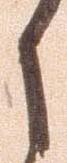
之